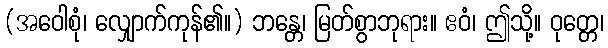
(အဝေါစုံ၊ လျှောက်ကုန်၏။) ဘန္တေ၊ မြတ်စွာဘုရား။ ဧဝံ၊ ဤသို့။ ဝုတ္တေ၊